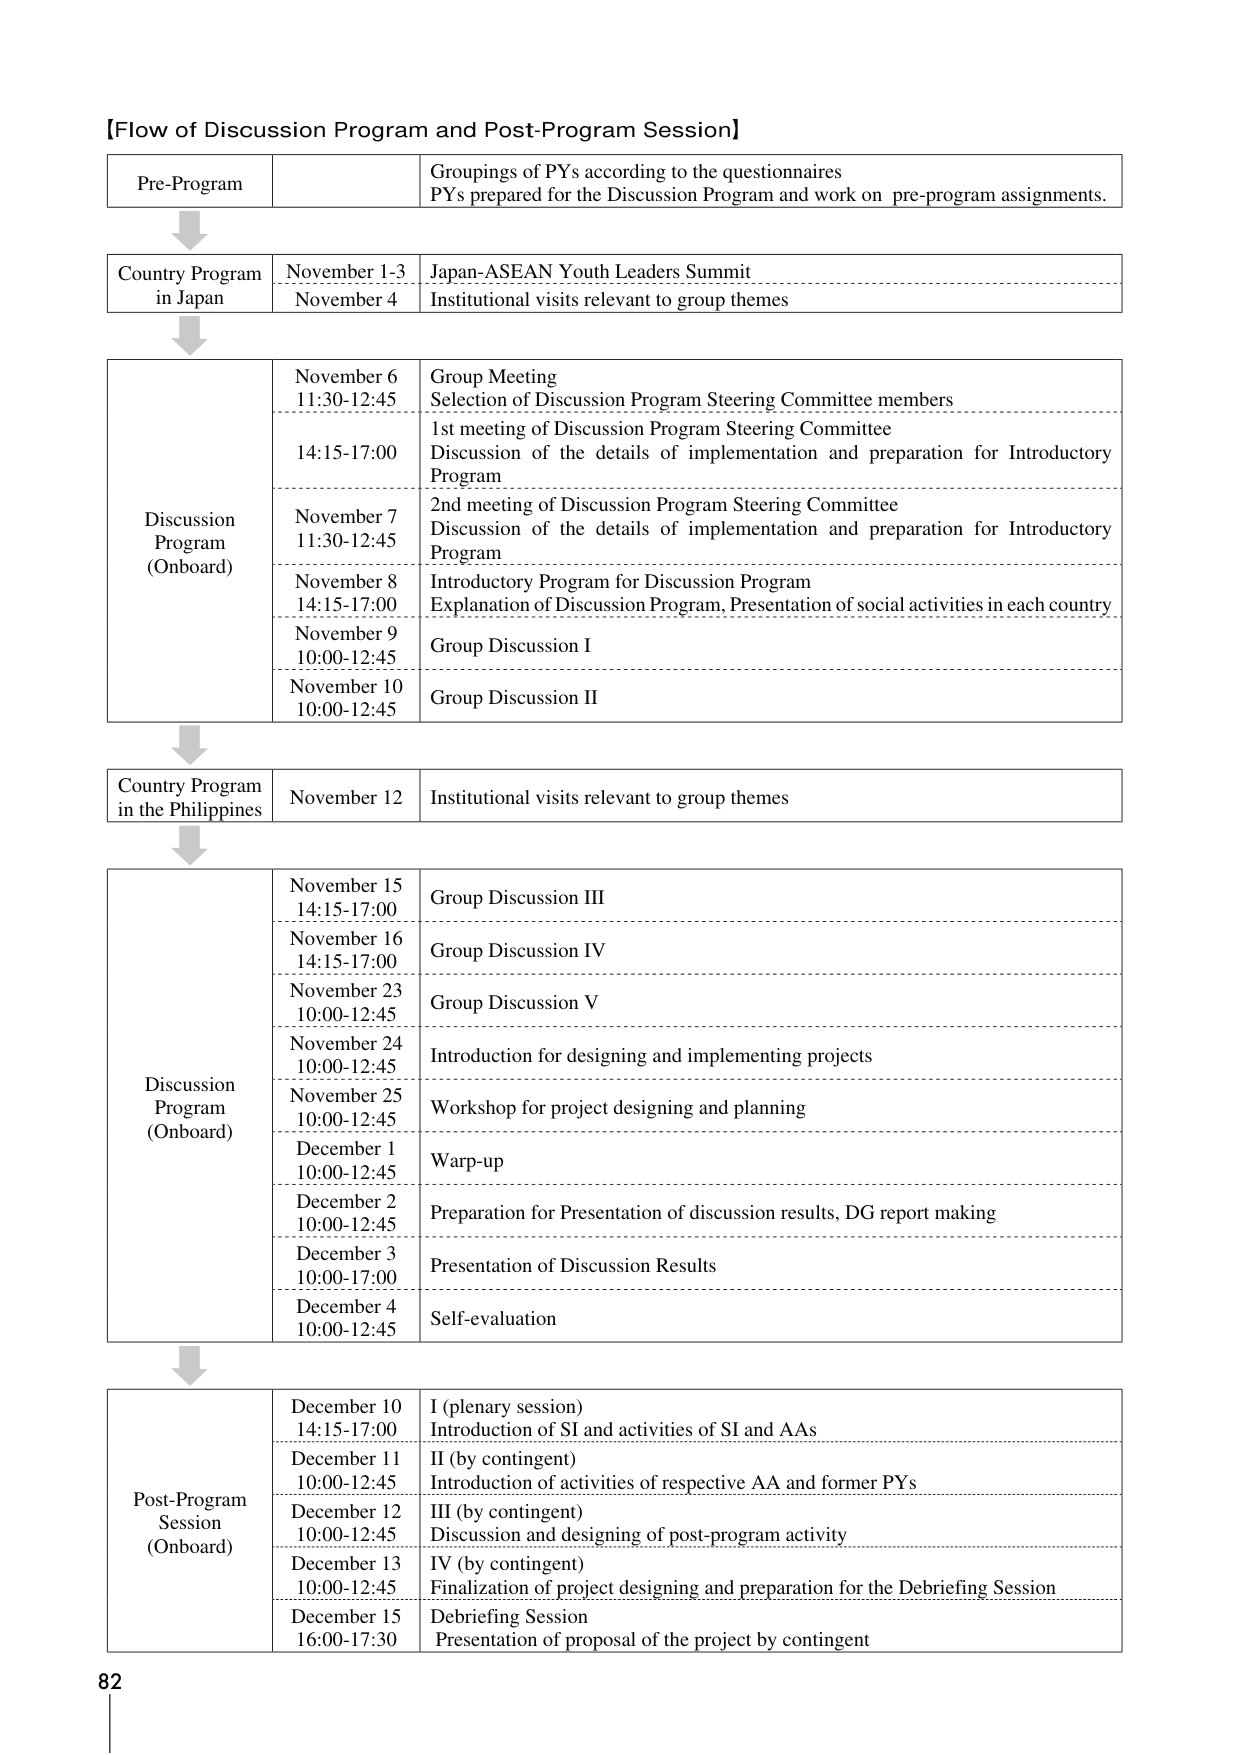
【Flow of Discussion Program and Post-Program Session】

Pre-Program
Groupings of PYs according to the questionnaires
PYs prepared for the Discussion Program and work on pre-program assignments.

Country Program in Japan
November 1-3
Japan-ASEAN Youth Leaders Summit
November 4
Institutional visits relevant to group themes

Discussion Program (Onboard)
November 6
11:30-12:45
Group Meeting
Selection of Discussion Program Steering Committee members
14:15-17:00
1st meeting of Discussion Program Steering Committee
Discussion of the details of implementation and preparation for Introductory Program
November 7
11:30-12:45
2nd meeting of Discussion Program Steering Committee
Discussion of the details of implementation and preparation for Introductory Program
November 8
14:15-17:00
Introductory Program for Discussion Program
Explanation of Discussion Program, Presentation of social activities in each country
November 9
10:00-12:45
Group Discussion I
November 10
10:00-12:45
Group Discussion II

Country Program in the Philippines
November 12
Institutional visits relevant to group themes

Discussion Program (Onboard)
November 15
14:15-17:00
Group Discussion III
November 16
14:15-17:00
Group Discussion IV
November 23
10:00-12:45
Group Discussion V
November 24
10:00-12:45
Introduction for designing and implementing projects
November 25
10:00-12:45
Workshop for project designing and planning
December 1
10:00-12:45
Warp-up
December 2
10:00-12:45
Preparation for Presentation of discussion results, DG report making
December 3
10:00-17:00
Presentation of Discussion Results
December 4
10:00-12:45
Self-evaluation

Post-Program Session (Onboard)
December 10
14:15-17:00
I (plenary session)
Introduction of SI and activities of SI and AAs
December 11
10:00-12:45
II (by contingent)
Introduction of activities of respective AA and former PYs
December 12
10:00-12:45
III (by contingent)
Discussion and designing of post-program activity
December 13
10:00-12:45
IV (by contingent)
Finalization of project designing and preparation for the Debriefing Session
December 15
16:00-17:30
Debriefing Session
Presentation of proposal of the project by contingent

82